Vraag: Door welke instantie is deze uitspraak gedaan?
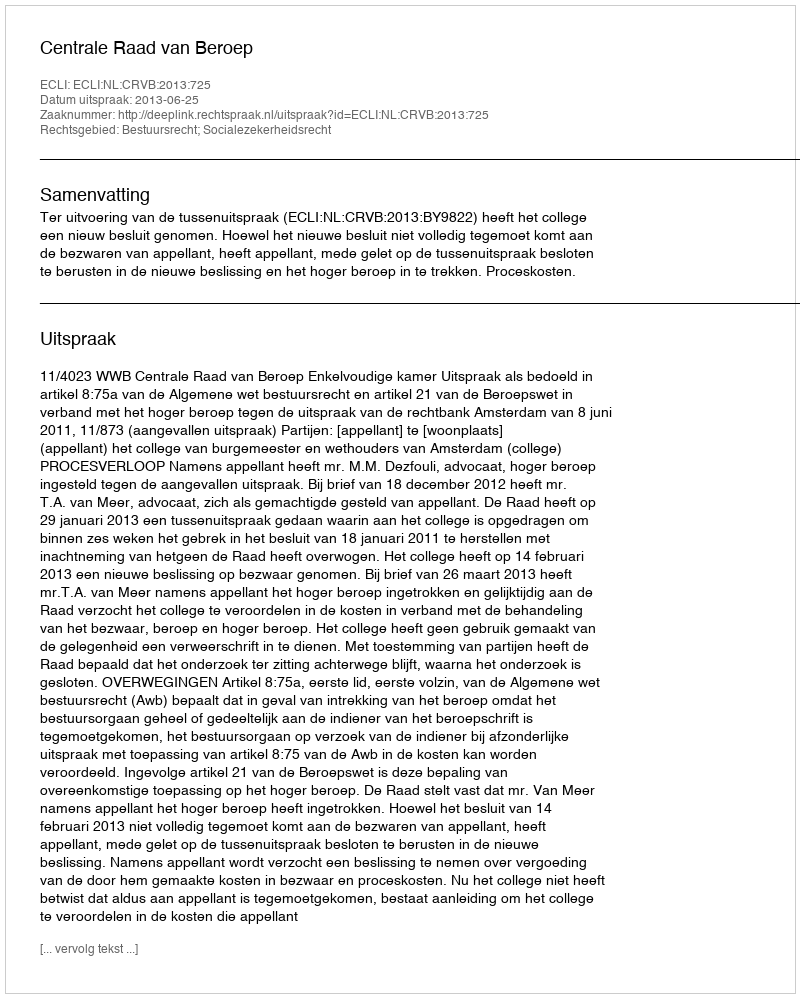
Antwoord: Centrale Raad van Beroep